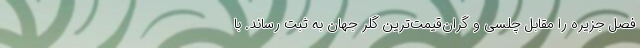
فصل جزیره را مقابل چلسی و گران‌قیمت‌ترین گلر جهان به ثبت رساند. با